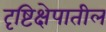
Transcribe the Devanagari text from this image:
दृष्टिक्षेपातील